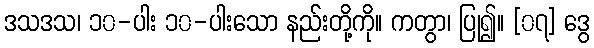
ဒသဒသ၊ ၁၀-ပါး ၁၀-ပါးသော နည်းတို့ကို။ ကတွာ၊ ပြု၍။ [၀၇] ဒွေ